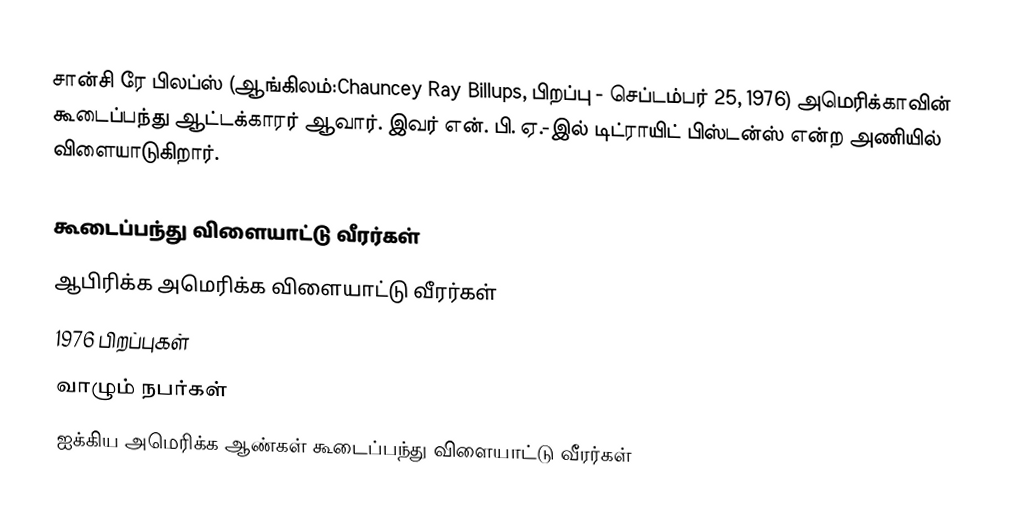
சான்சி ரே பிலப்ஸ் (ஆங்கிலம்:Chauncey Ray Billups, பிறப்பு - செப்டம்பர் 25, 1976) அமெரிக்காவின் கூடைப்பந்து ஆட்டக்காரர் ஆவார்.  இவர் என். பி. ஏ.-இல் டிட்ராயிட் பிஸ்டன்ஸ் என்ற அணியில் விளையாடுகிறார்.

கூடைப்பந்து விளையாட்டு வீரர்கள்
ஆபிரிக்க அமெரிக்க விளையாட்டு வீரர்கள்
1976 பிறப்புகள்
வாழும் நபர்கள்
ஐக்கிய அமெரிக்க ஆண்கள் கூடைப்பந்து விளையாட்டு வீரர்கள்